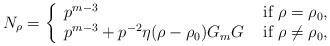
LaTeX: \begin{align*}N_{\rho}=\left\{\begin{array}{lr}p^{m-3} &\textup{ if } \rho=\rho_0,\\p^{m-3} +p^{-2} \eta(\rho-\rho_0) G_m G &\textup{ if } \rho\neq \rho_0,\end{array}\right.\end{align*}